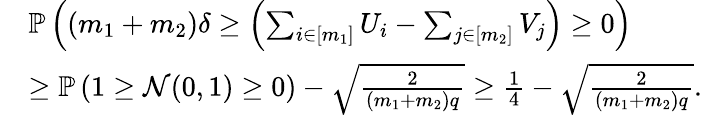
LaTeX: \begin{array}{rl}&{\mathbb{P}\left(\left(m_{1}+m_{2}\right)\delta\geq\left(\sum_{i\in[m_{1}]}U_{i}-\sum_{j\in[m_{2}]}V_{j}\right)\geq 0\right)}\\ &{\geq\mathbb{P}\left(1\geq\mathcal{N}(0,1)\geq 0\right)-\sqrt{\frac{2}{(m_{1}+m_{2})q}}\geq\frac{1}{4}-\sqrt{\frac{2}{(m_{1}+m_{2})q}}.}\end{array}